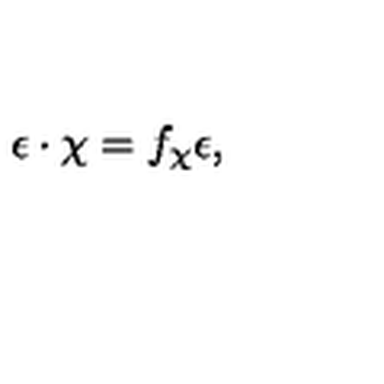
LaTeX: \epsilon \cdot \chi = f _ { \chi } \epsilon ,